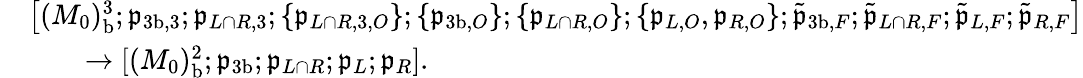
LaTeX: \begin{array}{rl}&{\bigl[(M_{0})_{\mathrm{b}}^{3};\mathfrak{p}_{{3\mathrm{b}},3};\mathfrak{p}_{L\cap R,3};\{ \mathfrak{p}_{L\cap R,3,O}\} ;\{ \mathfrak{p}_{{3\mathrm{b}},O}\} ;\{ \mathfrak{p}_{L\cap R,O}\} ;\{ \mathfrak{p}_{L,O},\mathfrak{p}_{R,O}\} ;\tilde{\mathfrak{p}}_{{3\mathrm{b}},F};\tilde{\mathfrak{p}}_{L\cap R,F};\tilde{\mathfrak{p}}_{L,F};\tilde{\mathfrak{p}}_{R,F}\bigr]}\\ &{\qquad\to[(M_{0})_{\mathrm{b}}^{2};\mathfrak{p}_{3\mathrm{b}};\mathfrak{p}_{L\cap R};\mathfrak{p}_{L};\mathfrak{p}_{R}].}\end{array}